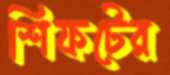
শিফটের